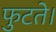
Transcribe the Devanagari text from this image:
फुटते।